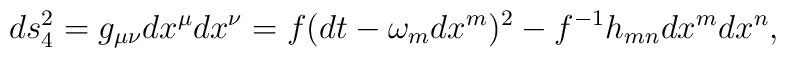
ds_4^2 = g_{\mu \nu}dx^{\mu}dx^{\nu} = f(dt - \omega _mdx^m)^2 -f^{-1}h_{mn}dx^mdx^n,